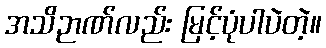
အသိဉာဏ်လည်း မြင့်ပုံပါပဲတဲ့။